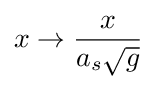
x\to {\frac {x}{a_{s}{\sqrt {g}}}}